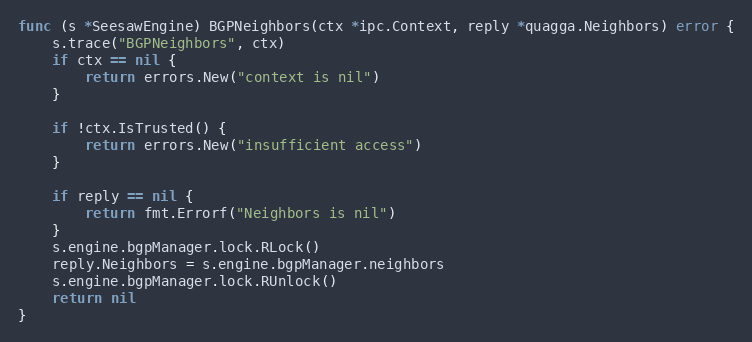
Language: Go
func (s *SeesawEngine) BGPNeighbors(ctx *ipc.Context, reply *quagga.Neighbors) error {
	s.trace("BGPNeighbors", ctx)
	if ctx == nil {
		return errors.New("context is nil")
	}

	if !ctx.IsTrusted() {
		return errors.New("insufficient access")
	}

	if reply == nil {
		return fmt.Errorf("Neighbors is nil")
	}
	s.engine.bgpManager.lock.RLock()
	reply.Neighbors = s.engine.bgpManager.neighbors
	s.engine.bgpManager.lock.RUnlock()
	return nil
}